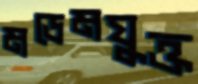
মডেমযুক্ত